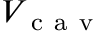
V _ { \mathrm { ~ c ~ a ~ v ~ } }